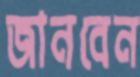
জানবেন